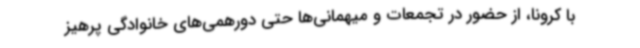
با کرونا، از حضور در تجمعات و میهمانی‌ها حتی دورهمی‌های خانوادگی پرهیز